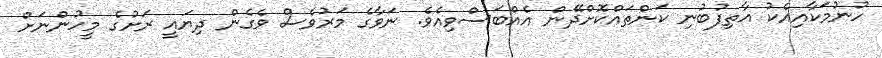
ހުނުމަކާއިއެކު އާތިފުބުނި ކަންތައްކޮށްދޭން އެއްބަސްވިއެވެ. ނަވާގެ މަރުވެސް ވެގެން ދިޔައީ ރަށުގެ މީހުންނަށް